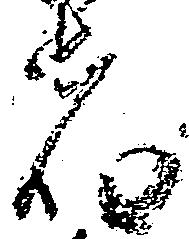
宿